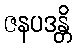
ဇနပဒန္တိ